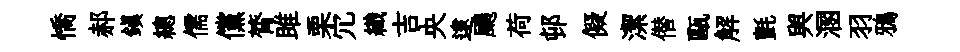
憍郝鎮總儒儻膂雎栗宂織吉央逮颺荷邨儗潔僣甌解氈與溷羽鴉